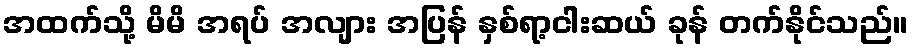
အထက်သို့ မိမိ အရပ် အလျား အပြန် နှစ်ရာ့ငါးဆယ် ခုန် တက်နိုင်သည်။